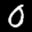
Label: 0